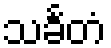
သင်္ခတံ